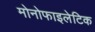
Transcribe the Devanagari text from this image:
मोनोफाइलेटिक